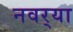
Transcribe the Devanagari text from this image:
नवर्‍या